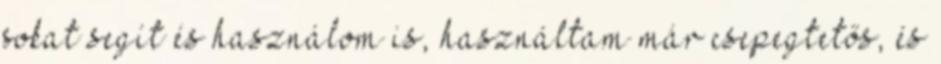
sokat segít és használom is, használtam már csepegtetős, és